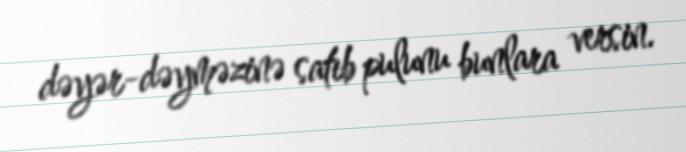
dəyər-dəyməzinə satıb pulunu bunlara versin.